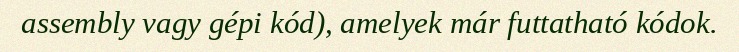
assembly vagy gépi kód), amelyek már futtatható kódok.